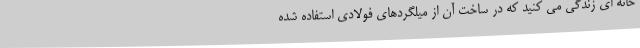
خانه ای زندگی می کنید که در ساخت آن از میلگردهای فولادی استفاده شده